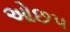
ઓછપ